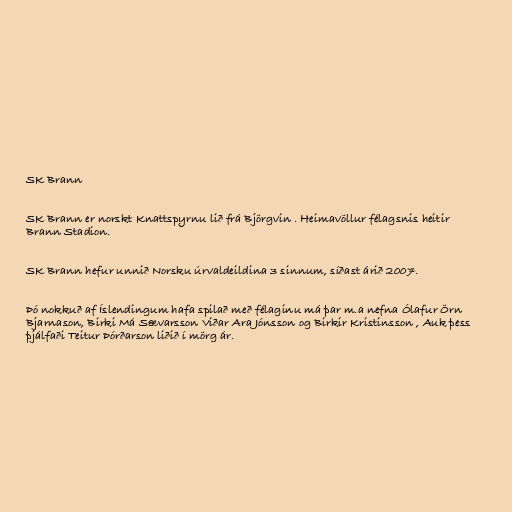
SK Brann

SK Brann er norskt Knattspyrnu lið frá Björgvin . Heimavöllur félagsnis heitir
Brann Stadion.

SK Brann hefur unnið Norsku úrvaldeildina 3 sinnum, síðast árið 2007.

Þó nokkuð af Íslendingum hafa spilað með félaginu má þar m.a nefna Ólafur Örn
Bjarnason, Birki Má Sævarsson Viðar Ara Jónsson og Birkir Kristinsson , Auk þess
þjálfaði Teitur Þórðarson liðið í mörg ár.